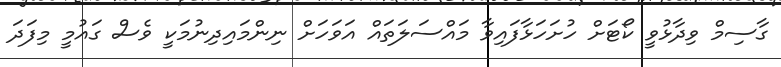
ގާސިމް ވިދާޅުވީ ކޯޓަށް ހުށަހަޅާފައިވާ މައްސަލަތައް އަވަހަށް ނިންމައިދިނުމަކީ ވެސް ގައުމީ މިފަދަ